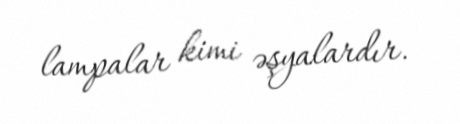
lampalar kimi əşyalardır.